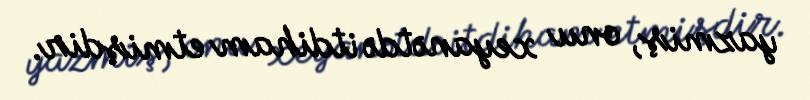
yazmiş, onu xeyanətdə itdiham etmişdir.